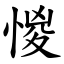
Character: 惾